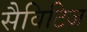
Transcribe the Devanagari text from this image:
सैविटिज